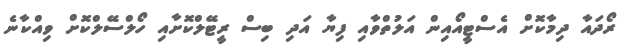
ރޯދައާ ދިމާކޮށް އެސްޓީއޯއިން އަލުތްވާއި ފިޔާ އަދި ބިސް ރީޓޭލްކޮށާއި ހޯލްސޭލްކޮށް ވިއްކާނެ